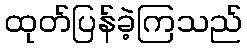
ထုတ်ပြန်ခဲ့ကြသည်